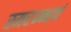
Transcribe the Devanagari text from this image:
स्मरन्भावं